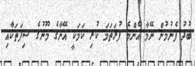
ބުދު ފެނުމުން ނޭމާ އެންމެ ފުރަތަމަ ކުރި ކަމަކީ އޭނާގެ މޫނުގެ ސިފަތަކާއި